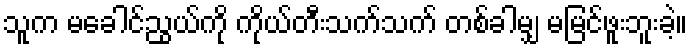
သူက မခေါင်ညွယ်ကို ကိုယ်တီးသက်သက် တစ်ခါမျှ မမြင်ဖူးဘူးခဲ့။